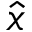
\hat { x }